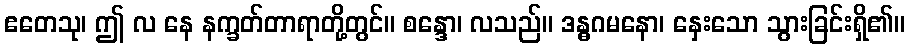
ဧတေသု၊ ဤ လ နေ နက္ခတ်တာရာတို့တွင်။ စန္ဒော၊ လသည်။ ဒန္ဓဂမနော၊ နှေးသော သွားခြင်းရှိ၏။